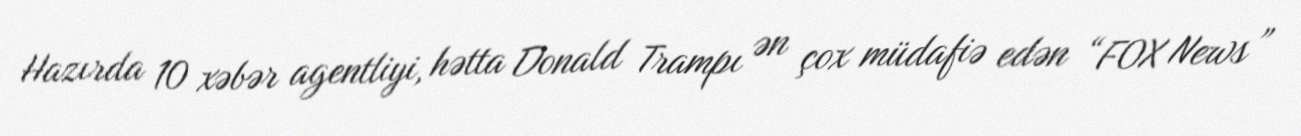
Hazırda 10 xəbər agentliyi, hətta Donald Trampı ən çox müdafiə edən “FOX News”